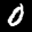
Label: 0